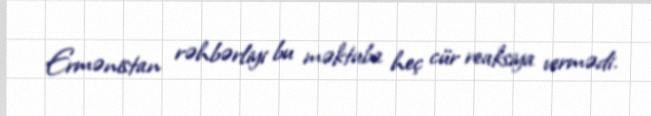
Ermənistan rəhbərliyi bu məktuba heç cür reaksiya vermədi.